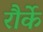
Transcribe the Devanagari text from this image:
रौर्के